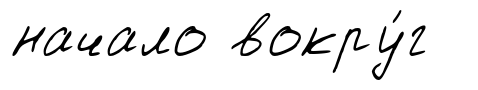
начало вокру́г